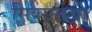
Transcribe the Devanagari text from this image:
सिक्सर्सचा